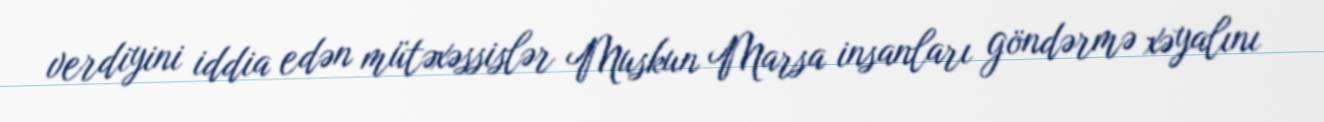
verdiyini iddia edən mütəxəssislər Muskun Marsa insanları göndərmə xəyalını